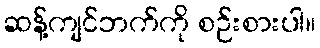
ဆန့်ကျင်ဘက်ကို စဉ်းစားပါ။